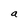
Character: a